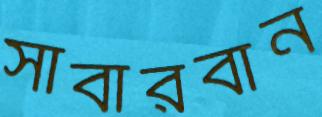
সাবারবান